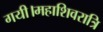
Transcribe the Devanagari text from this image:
गयी।महाशिवरात्रि